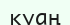
куаң